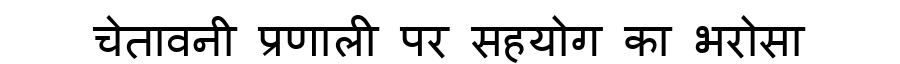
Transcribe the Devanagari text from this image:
चेतावनी प्रणाली पर सहयोग का भरोसा